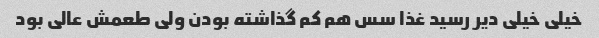
خیلی خیلی دیر رسید غذا سس هم کم گذاشته بودن ولی طعمش عالی بود